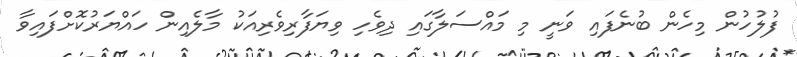
ފުލުހުން މިހެން ބުނެފައި ވަނީ މި މައްސަލާގައި ދިވެހި ވިޔަފާރިވެރިއަކު މާލެއިން ހައްޔަރުކޮށްފައިވާ